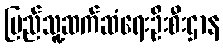
ပြည်သူ့ဆက်ဆံရေးဦးစီးဌာန